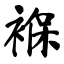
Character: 褓